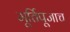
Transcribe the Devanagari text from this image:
मूर्तिपूजाच